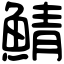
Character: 鯖